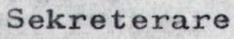
Sekreterare